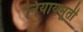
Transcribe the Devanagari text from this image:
नियायमूर्ती